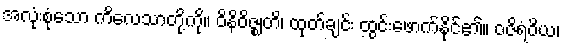
အလုံးစုံသော ကိလေသာတို့ကို။ ဝိနိဝိဇ္ဈတိ၊ ထုတ်ချင်း ထွင်းဖောက်နိုင်၏။ ဝဇိရံဝိယ၊